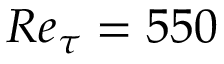
R e _ { \tau } = 5 5 0